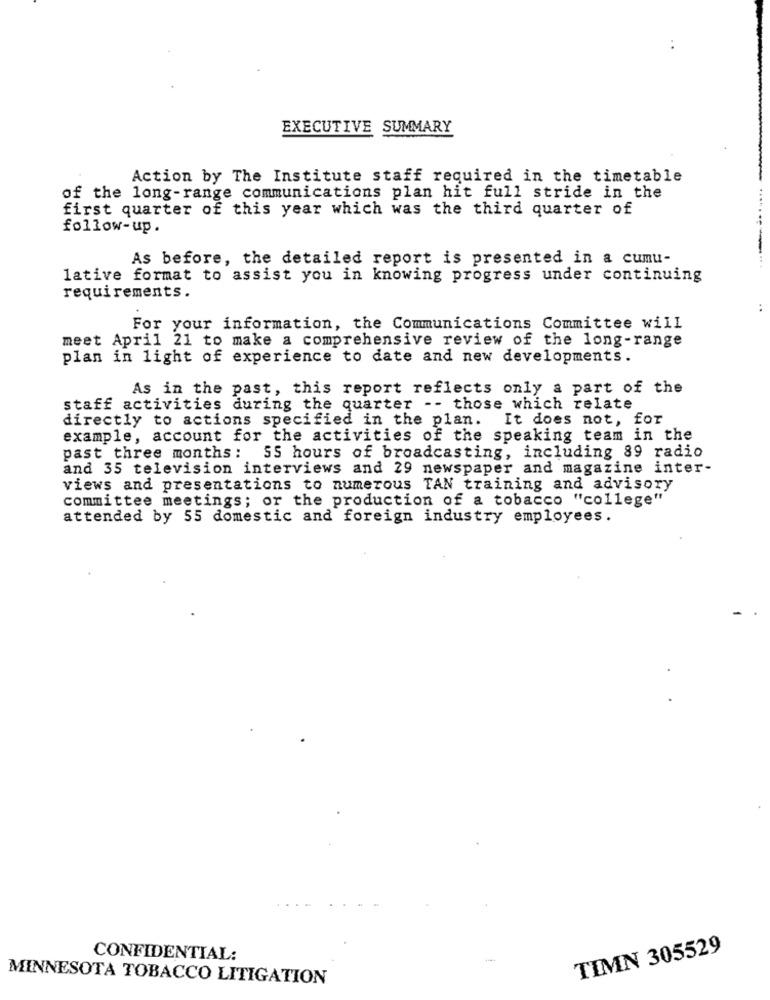
EXECUTIVE SUMMARY
Action by The Institute staff required in the timetable
of the long-range communications plan hit full stride in the
first quarter of this year which was the third quarter of
follow-up .
As before, the detailed report is presented in a cumu-
lative format to assist you in knowing progress under continuing
requirements.
For your information, the Communications Committee will
meet April 21 to make a comprehensive review of the long-range
plan in light of experience to date and new developments.
As in the past, this report reflects only a part of the
staff activities during the quarter -- those which relate
directly to actions specified in the plan. It does not, for
example, account for the activities of the speaking team in the
past three months: SS hours of broadcasting, including 89 radio
and 35 television interviews and 29 newspaper and magazine inter-
views and presentations to numerous TAN training and advisory
committee meetings; or the production of a tobacco "college"
attended by 55 domestic and foreign industry employees.
TIMN 305529
CONFIDENTIAL:
MINNESOTA TOBACCO LITIGATION